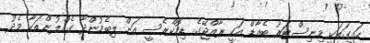
ހަގީގަތަކީ މިނިސްޓަރު ބެއާޑް އަކީ ރާއްޖޭގެ ޑިމޮކްރެސީ އަށް ލިބެމުންދާ ގެއްލުންތަކާ މެދު